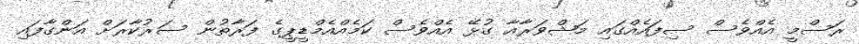
ރަސްމީ އެއްވެސް ސިފައެއްގައި މަޝްވަރާއާ ގުޅޭ އެއްވެސް ކަމެއްއެމްޑީޕީގެ ފަރާތުން ސަރުކާރަށް އަންގާފައި